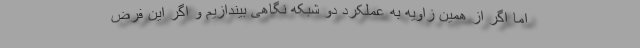
اما اگر از همین زاویه به عملکرد دو شبکه نگاهی بیندازیم و اگر این فرض